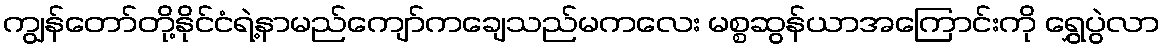
ကျွန်တော်တို့နိုင်ငံရဲ့နာမည်ကျော်ကချေသည်မကလေး မစ္စဆွန်ယာအကြောင်းကို ရွှေပွဲလာ